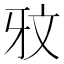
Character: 𭷏